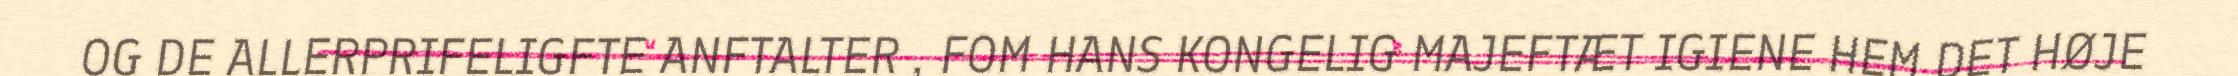
OG DE ALLERPRIFELIGFTE ANFTALTER , FOM HANS KONGELIG MAJEFTÆT IGIENE HEM DET HØJE